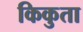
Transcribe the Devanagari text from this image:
किकुता